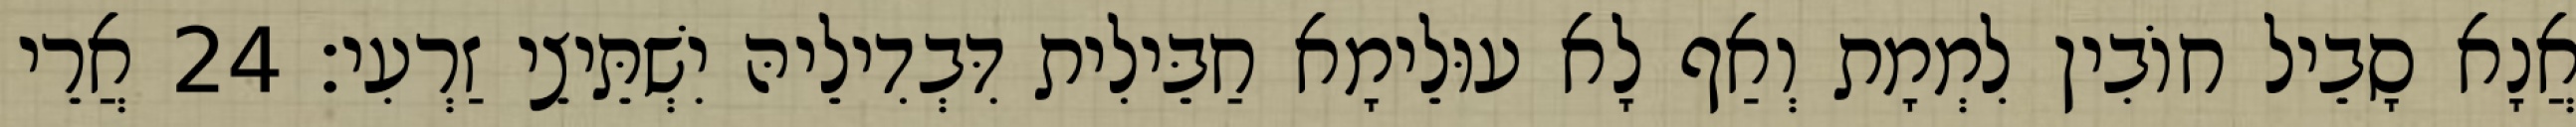
אֲנָא סָבֵיל חוֹבִין לִמְמָת וְאַף לָא עוּלֵימָא חַבֵּילִית דִּבְדִילֵיהּ יִשְׁתֵּיצֵי זַרְעִי׃ 24 אֲרֵי